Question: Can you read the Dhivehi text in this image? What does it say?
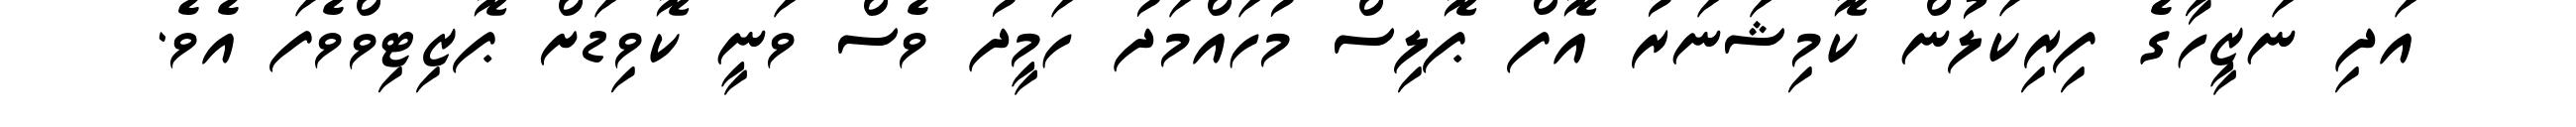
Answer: އަދި ނަޒީހާގެ ފިރިކަލުން ކޮމިޝަނަރު އޮފް ޕޮލިސް މުހައްމަދު ހަމީދު ވެސް ވަނީ ކޮވިޑަށް ޕޮޒިޓިވްވެފަ އެވެ.